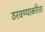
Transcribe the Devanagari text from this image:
ठरवण्याकरिता